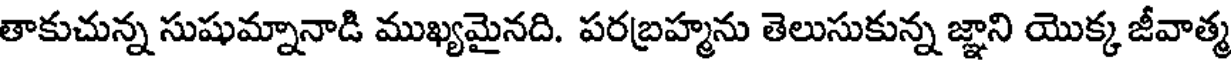
తాకుచున్న సుషుమ్నానాడి ముఖ్యమైనది. పరబ్రహ్మను తెలుసుకున్న జ్ఞాని యొక్క జీవాత్మ